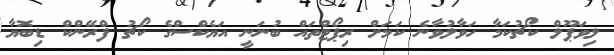
ލިވަޕޫލް ކޯޗުކަމާ ހަވާލުވާނެ ކަމަށް ރިޕޯޓްތައް ބުނަނީ އަޔެކްސްގެ ކޯޗު ފްރޭންކް ޑިބޮޔާ